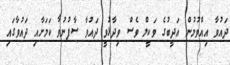
ދައުވާ އިއްވުމުން އަދީބުގެ ވަކީލް ވެސް ވިދާޅުވީ ދައުވާ ސާފުނުވާ ކަމަށާއި ދައުވާގައި